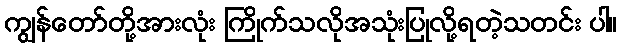
ကျွန်တော်တို့အားလုံး ကြိုက်သလိုအသုံးပြုလို့ရတဲ့သတင်း ပါ။